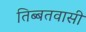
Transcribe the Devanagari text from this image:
तिब्बतवासी